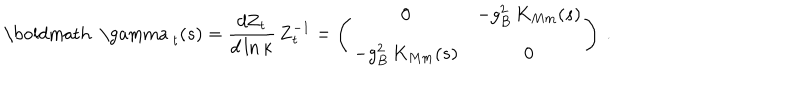
\mathrm { \boldmath ~ \ g a m m a ~ } _ { t } ( s ) = \frac { d { \mathbf Z } _ { t } } { d \ln \kappa } \, { \mathbf Z } _ { t } ^ { - 1 } = \left( \begin{array} { c c } { { 0 } } & { { - g _ { B } ^ { 2 } \, K _ { M m } ( s ) } } \\ { { - g _ { B } ^ { 2 } \, K _ { M m } ( s ) } } & { { 0 } } \\ \end{array} \right) \: .